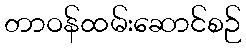
တာဝန်ထမ်းဆောင်စဉ်